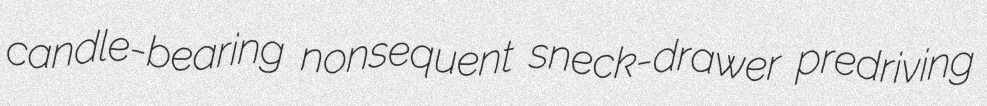
candle-bearing nonsequent sneck-drawer predriving